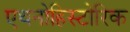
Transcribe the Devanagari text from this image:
एथनोहिस्टोरिक